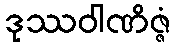
ဒုဿဝါဏိဇ္ဇံ